Insane asylums Bombay 1873-77 - 1873-1877
Year: 1873
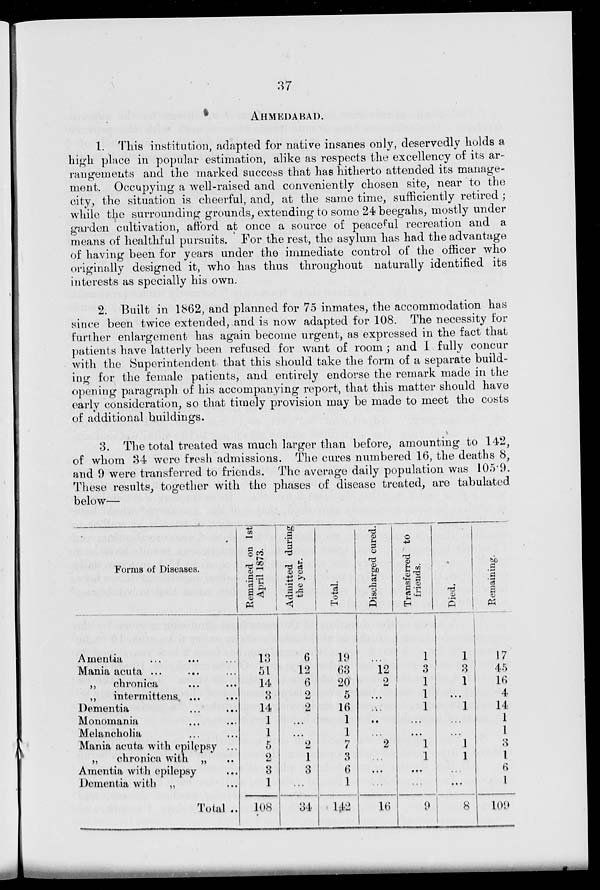
37
AHMEDABAD.
1. This institution, adapted for native insanes only, deservedly holds a
high place in popular estimation, alike as respects the excellency of its ar-
rangements and the marked success that has hitherto attended its manage-
ment. Occupying a well-raised and conveniently chosen site, near to the
city, the situation is cheerful, and, at the same time, sufficiently retired ;
while the surrounding grounds, extending to some 24 beegahs, mostly under
garden cultivation, afford at once a source of peaceful recreation and a
means of healthful pursuits. For the rest, the asylum has had the advantage
of having been for years under the immediate control of the officer who
originally designed it, who has thus throughout naturally identified its
interests as specially his own.
2. Built in 1862, and planned for 75 inmates, the accommodation has
since been twice extended, and is now adapted for 108. The necessity for
further enlargement has again become urgent, as expressed in the fact that
patients have latterly been refused for want of room; and I fully concur
with the Superintendent that this should take the form of a separate build-
ing for the female patients, and entirely endorse the remark made in the
opening paragraph of his accompanying report, that this matter should have
early consideration, so that timely provision may be made to meet the costs
of additional buildings.
3. The total treated was much larger than before, amounting to 142,
of whom 34 were fresh admissions. The cures numbered 16, the deaths 8,
and 9 were transferred to friends. The average daily population was 105.9.
These results, together with the phases of disease treated, are tabulated
below—
Forms of Diseases.
Amentia ... ... ...
Mania acuta ... ... ...
„
chronica ... ...
„
intermittens ... ...
Dementia ... ...
Monomania ... ...
Melancholia ... ...
Mania acuta with epilepsy ...
„
chronica with „ ...
Amentia with epilepsy ...
Dementia with „ ...
Total ..
Remained on 1st
April 1873.
13
51
14
3
14
1
1
5
2
3
1
108
Admitted during
the year.
6
12
6
2
2
...
...
...
1
3
...
34
Total.
19
63
20
5
16
1
1
7
3
6
1
142
Discharged cured.
...
12
2
...
...
...
...
2
...
...
...
16
Transferred to
friends.
1
3
1
1
1
...
...
1
1
...
...
9
Died.
1
3
1
...
1
...
...
1
1
...
...
8
Remaining.
17
45
16
4
14
1
1
3
1
6
1
109